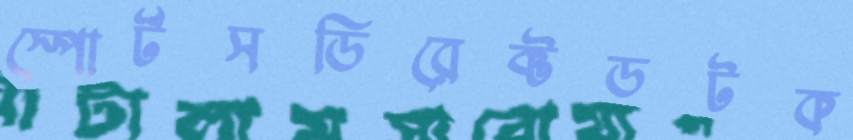
স্পোর্টসডিরেক্টডটক